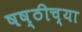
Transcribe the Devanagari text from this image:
षष्ठीच्या